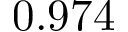
0 . 9 7 4